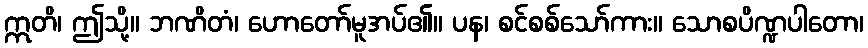
ဣတိ၊ ဤသို့။ ဘဏိတံ၊ ဟောတော်မူအပ်၏။ ပန၊ စင်စစ်သော်ကား။ သောစပိဏ္ဍပါတော၊